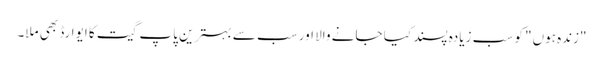
"زندہ ہوں" کو سب زیادہ پسند کیا جانے والا اور سب سے بہترین پاپ گیت کا ایوارڈ بھی ملا۔